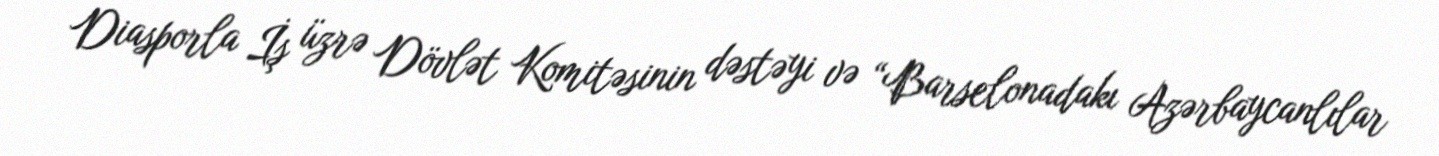
Diasporla İş üzrə Dövlət Komitəsinin dəstəyi və “Barselonadakı Azərbaycanlılar